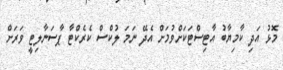
މޮޅު އަދި ކާމިޔާބު އާޓިސްޓަކަށްވުމަށް އެދޭ ނަމަ ލުކްސް ކެރެކްޓާ ޕާސަނާލިޓީ ވަރަށް